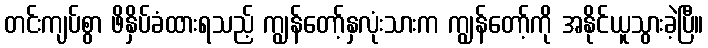
တင်းကျပ်စွာ ဖိနှိပ်ခံထားရသည့် ကျွန်တော့်နှလုံးသားက ကျွန်တော့်ကို အနိုင်ယူသွားခဲ့ပြီ။